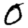
Digit: 0